Leprosy in India: report of the Leprosy Commission in India, 1890-91
Year: 1890
Disease focus: Leprosy
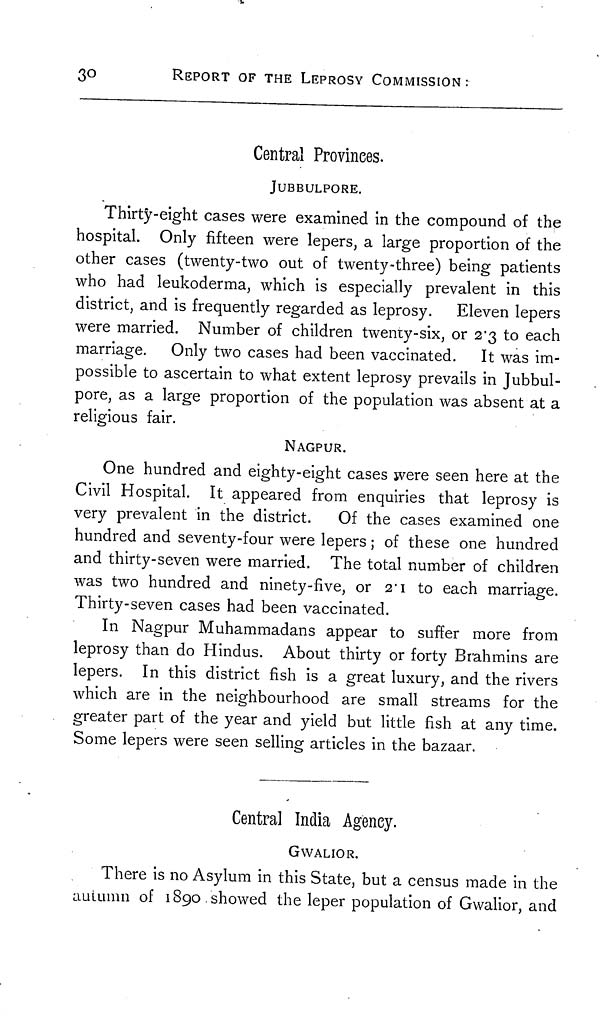
3°
REPORT OF THE LEPROSY COMMISSION:
Central Provinces.
JUBBULPORE.
Thirty-eight cases were examined in the compound of the
hospital. Only fifteen were lepers, a large proportion of the
other cases (twenty-two out of twenty-three) being patients
who had leukoderma, which is especially prevalent in this
district, and is frequently regarded as leprosy. Eleven lepers
were married. Number of children twenty-six, or 2.3 to each
marriage. Only two cases had been vaccinated. It was im-
possible to ascertain to what extent leprosy prevails in Jubbul-
pore, as a large proportion of the population was absent at a
religious fair.
NAGPUR.
One hundred and eighty-eight cases were seen here at the
Civil Hospital. It appeared from enquiries that leprosy is
very prevalent in the district.
Of the cases examined one
hundred and seventy-four were lepers ; of these one hundred
and thirty-seven were married. The total number of children
was two hundred and ninety-five, or 2.1 to each marriage.
Thirty-seven cases had been vaccinated.
In Nagpur Muhammadans appear to suffer more from
leprosy than do Hindus. About thirty or forty Brahmins are
lepers. In this district fish is a great luxury, and the rivers
which are in the neighbourhood are small streams for the
greater part of the year and yield but little fish at any time.
Some lepers were seen selling articles in the bazaar.
Central India Ageney.
GWALIOR.
There is no Asylum in this State, but a census made in the
autumn of 1890 showed the leper population of Gwalior, and